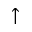
\uparrow